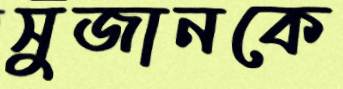
সুজানকে